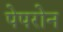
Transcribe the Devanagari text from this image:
पेपरोन